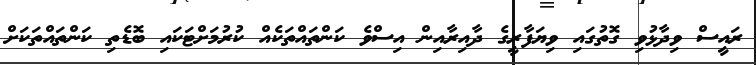
ރައީސް ވިދާޅުވި ގޮތުގައި ވިޔަފާރީގެ ދާއިރާއިން އިސްވެ ކަންތައްތަކެއް ކުރުމަށްޓަކައި ބޮޑެތި ކަންތައްތަކަށް